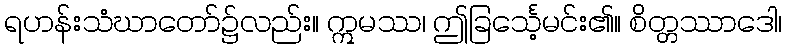
ရဟန်းသံဃာတော်၌လည်း။ ဣမဿ၊ ဤခြင်္သေ့မင်း၏။ စိတ္တဿာဒေါ၊